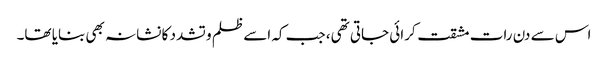
اس سے دن رات مشقت کرائی جاتی تھی، جب کہ اسے ظلم و تشدد کا نشانہ بھی بنایا تھا۔